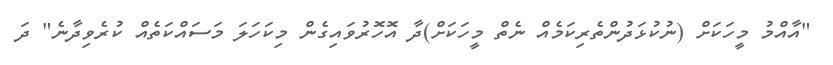
"އާއްމު މީހަކަށް (ނުކުޅަދުންތެރިކަމެއް ނެތް މީހަކަށް)ދާ އޮހޮރުވައިގެން މިކަހަލަ މަސައްކަތެއް ކުރެވިދާނެ" ދަ